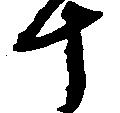
十